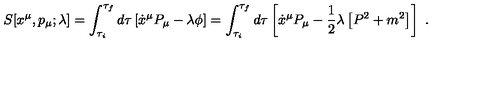
S [ x ^ { \mu } , p _ { \mu } ; \lambda ] = \int _ { \tau _ { i } } ^ { \tau _ { f } } d \tau \left[ \dot { x } ^ { \mu } P _ { \mu } - \lambda \phi \right] = \int _ { \tau _ { i } } ^ { \tau _ { f } } d \tau \left[ \dot { x } ^ { \mu } P _ { \mu } - \frac { 1 } { 2 } \lambda \left[ P ^ { 2 } + m ^ { 2 } \right] \right] \ .